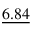
\underline { { 6 . 8 4 } }